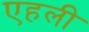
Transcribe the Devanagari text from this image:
एहली